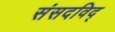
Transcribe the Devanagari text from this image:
संसदविद्‌